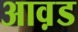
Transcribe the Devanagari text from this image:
आव़ड